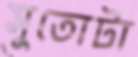
সুতোটা